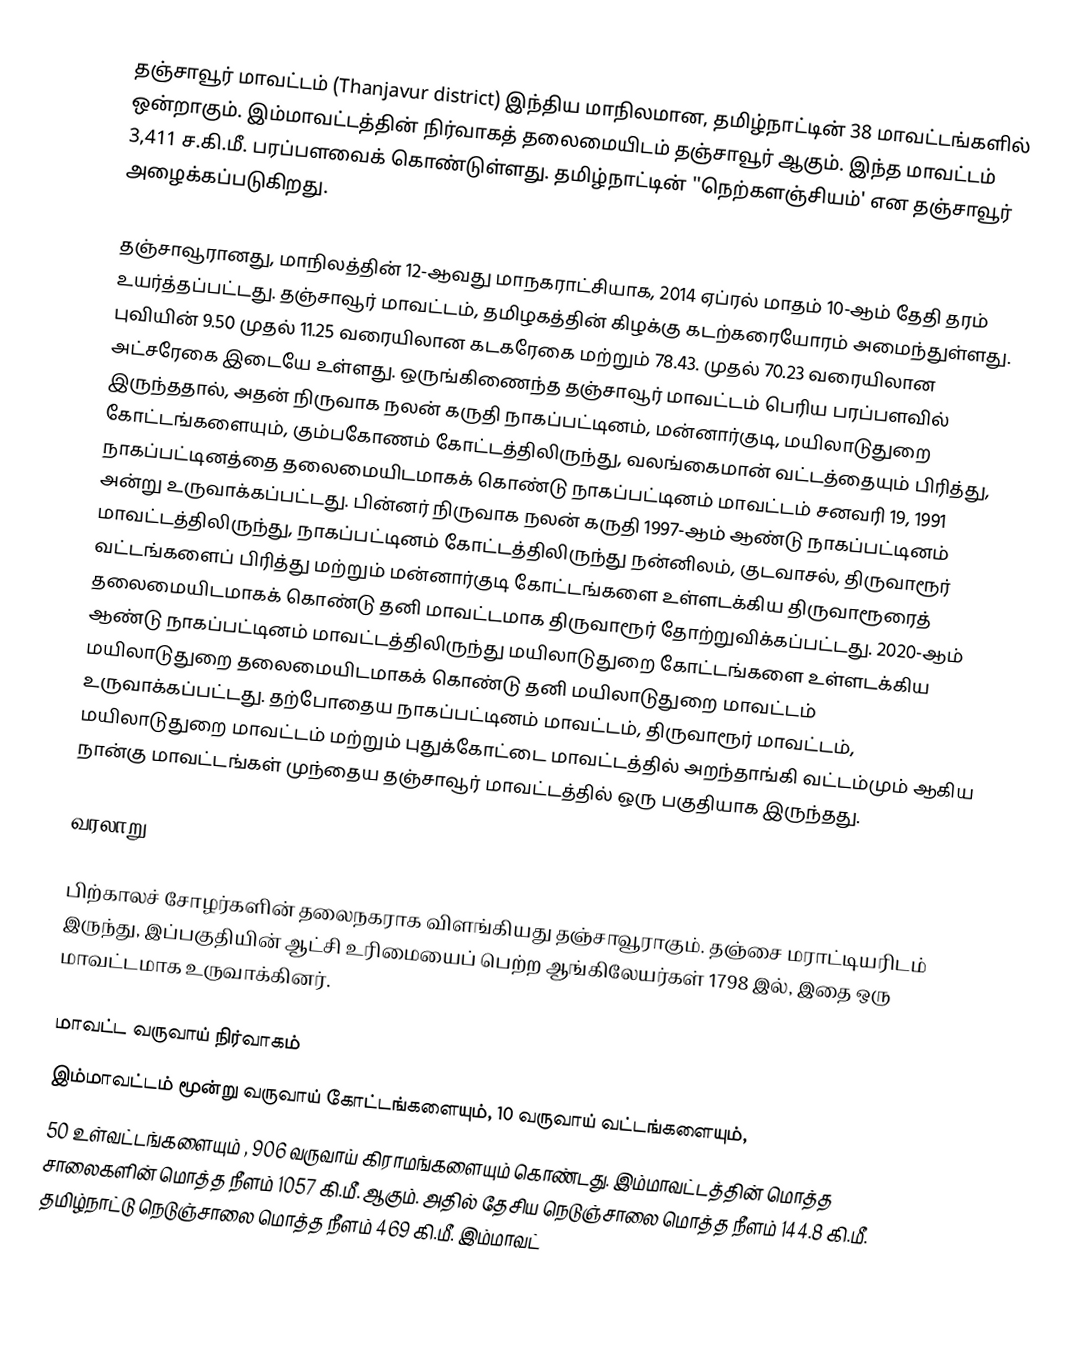
தஞ்சாவூர் மாவட்டம் (Thanjavur district) இந்திய மாநிலமான, தமிழ்நாட்டின் 38 மாவட்டங்களில் ஒன்றாகும். இம்மாவட்டத்தின் நிர்வாகத் தலைமையிடம் தஞ்சாவூர் ஆகும். இந்த மாவட்டம் 3,411 ச.கி.மீ. பரப்பளவைக் கொண்டுள்ளது. தமிழ்நாட்டின் ''நெற்களஞ்சியம்' என தஞ்சாவூர் அழைக்கப்படுகிறது.

தஞ்சாவூரானது, மாநிலத்தின் 12-ஆவது மாநகராட்சியாக, 2014 ஏப்ரல் மாதம் 10-ஆம் தேதி தரம் உயர்த்தப்பட்டது. தஞ்சாவூர் மாவட்டம், தமிழகத்தின் கிழக்கு கடற்கரையோரம் அமைந்துள்ளது. புவியின் 9.50 முதல் 11.25 வரையிலான கடகரேகை மற்றும் 78.43. முதல் 70.23 வரையிலான அட்சரேகை இடையே உள்ளது. ஒருங்கிணைந்த தஞ்சாவூர் மாவட்டம் பெரிய பரப்பளவில் இருந்ததால், அதன் நிருவாக நலன் கருதி நாகப்பட்டினம், மன்னார்குடி, மயிலாடுதுறை கோட்டங்களையும், கும்பகோணம் கோட்டத்திலிருந்து, வலங்கைமான் வட்டத்தையும் பிரித்து, நாகப்பட்டினத்தை தலைமையிடமாகக் கொண்டு நாகப்பட்டினம் மாவட்டம் சனவரி 19, 1991 அன்று உருவாக்கப்பட்டது. பின்னர் நிருவாக நலன் கருதி 1997-ஆம் ஆண்டு நாகப்பட்டினம் மாவட்டத்திலிருந்து, நாகப்பட்டினம் கோட்டத்திலிருந்து நன்னிலம், குடவாசல், திருவாரூர் வட்டங்களைப் பிரித்து மற்றும் மன்னார்குடி கோட்டங்களை உள்ளடக்கிய  திருவாரூரைத் தலைமையிடமாகக் கொண்டு தனி மாவட்டமாக திருவாரூர் தோற்றுவிக்கப்பட்டது. 2020-ஆம் ஆண்டு நாகப்பட்டினம் மாவட்டத்திலிருந்து மயிலாடுதுறை கோட்டங்களை உள்ளடக்கிய மயிலாடுதுறை தலைமையிடமாகக் கொண்டு தனி மயிலாடுதுறை மாவட்டம் உருவாக்கப்பட்டது. தற்போதைய நாகப்பட்டினம் மாவட்டம், திருவாரூர் மாவட்டம், மயிலாடுதுறை மாவட்டம் மற்றும் புதுக்கோட்டை மாவட்டத்தில் அறந்தாங்கி வட்டம்மும் ஆகிய நான்கு மாவட்டங்கள் முந்தைய தஞ்சாவூர் மாவட்டத்தில் ஒரு பகுதியாக இருந்தது.

வரலாறு

பிற்காலச் சோழர்களின் தலைநகராக விளங்கியது தஞ்சாவூராகும். தஞ்சை மராட்டியரிடம் இருந்து, இப்பகுதியின் ஆட்சி உரிமையைப் பெற்ற ஆங்கிலேயர்கள் 1798 இல், இதை ஒரு மாவட்டமாக உருவாக்கினர்.

மாவட்ட வருவாய் நிர்வாகம்
இம்மாவட்டம் மூன்று வருவாய் கோட்டங்களையும், 10 வருவாய் வட்டங்களையும்,
50 உள்வட்டங்களையும் , 906 வருவாய் கிராமங்களையும் கொண்டது. இம்மாவட்டத்தின் மொத்த சாலைகளின் மொத்த நீளம் 1057 கி.மீ. ஆகும். அதில் தேசிய நெடுஞ்சாலை மொத்த நீளம் 144.8 கி.மீ. தமிழ்நாட்டு நெடுஞ்சாலை மொத்த நீளம் 469 கி.மீ. இம்மாவட்